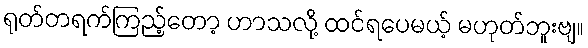
ရုတ်တရက်ကြည့်တော့ ဟာသလို့ ထင်ရပေမယ့် မဟုတ်ဘူးဗျ။